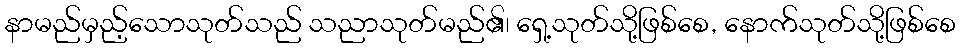
နာမည်မှည့်သောသုတ်သည် သညာသုတ်မည်၏၊ ရှေ့သုတ်သို့ဖြစ်စေ, နောက်သုတ်သို့ဖြစ်စေ